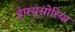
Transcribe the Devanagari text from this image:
इंफ्यूसोरिया